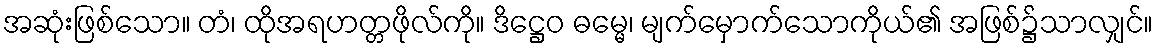
အဆုံးဖြစ်သော။ တံ၊ ထိုအရဟတ္တဖိုလ်ကို။ ဒိဋ္ဌေဝ ဓမ္မေ၊ မျက်မှောက်သောကိုယ်၏ အဖြစ်၌သာလျှင်။